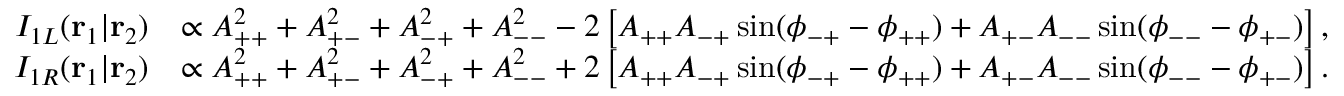
\begin{array} { r l } { I _ { 1 L } ( \mathbf { r } _ { 1 } | \mathbf { r } _ { 2 } ) } & { \propto A _ { + + } ^ { 2 } + A _ { + - } ^ { 2 } + A _ { - + } ^ { 2 } + A _ { -- } ^ { 2 } - 2 \left[ A _ { + + } A _ { - + } \sin ( \phi _ { - + } - \phi _ { + + } ) + A _ { + - } A _ { -- } \sin ( \phi _ { -- } - \phi _ { + - } ) \right] , } \\ { I _ { 1 R } ( \mathbf { r } _ { 1 } | \mathbf { r } _ { 2 } ) } & { \propto A _ { + + } ^ { 2 } + A _ { + - } ^ { 2 } + A _ { - + } ^ { 2 } + A _ { -- } ^ { 2 } + 2 \left[ A _ { + + } A _ { - + } \sin ( \phi _ { - + } - \phi _ { + + } ) + A _ { + - } A _ { -- } \sin ( \phi _ { -- } - \phi _ { + - } ) \right] . } \end{array}